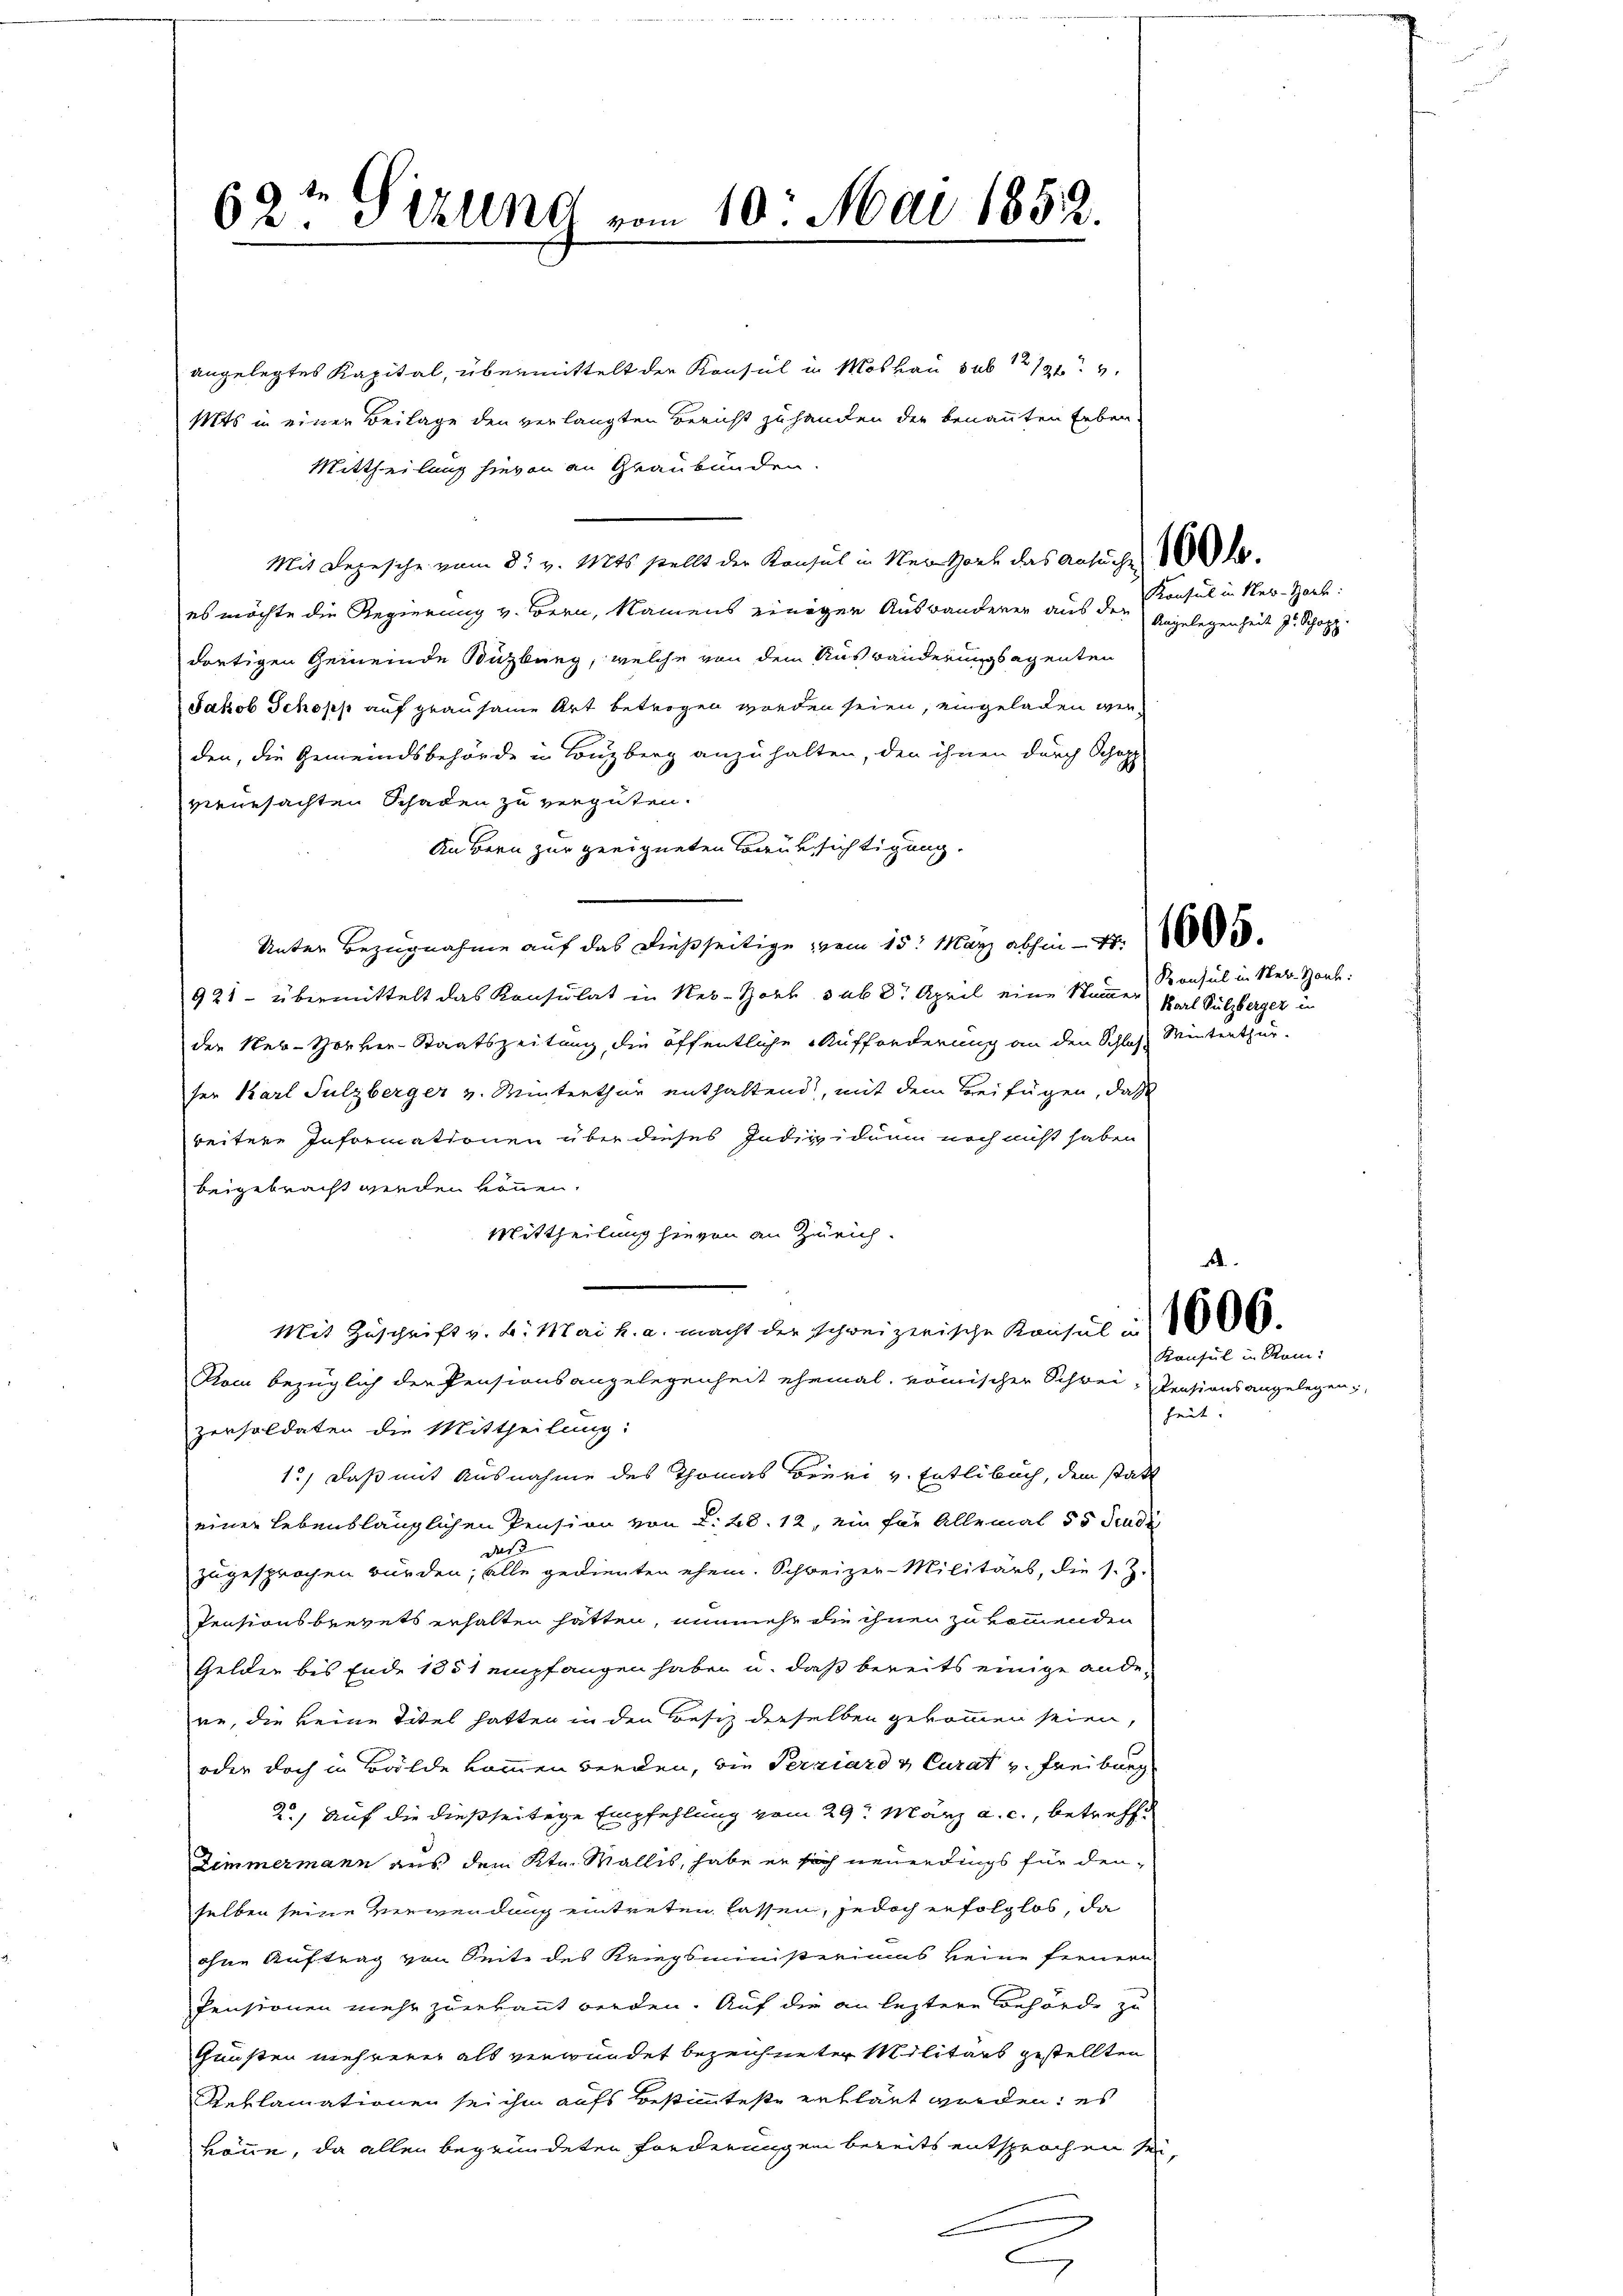
62te Sitzung vom 10. Mai 1852.

angelegtes Kapital, übermittelt der Konsul in Moskau sub 111 4
Mts in einer Beilage den verlangten Bericht zu handen der benannten Erben-
Mittheilung hievon an Graubünden.
Mit Depesche vom 3. v. Mts. stellt der Konsul in Nein Hort das Ansuche de
es möchte die Regierung v. Bern, Namens einiger Auswanderer aus der Angelegenheit z. Schopp
dortigen Gemeinde Süzburg, welche von dem Ausbänderungsagenten
Jakob Schopp auf grausame Art betrogen worden seien, eingeladen werden, die Gemeindsbehörde u Lenzberg anzuhalten, den ihnen durch Schopp
vieursachten Schaden zu vergüten.
Äubern zur geeigneten Brüksichtigung.
Unter Bezugnahme auf das dießseitige vom 15. März abhin - 4. 58.
921 - übermittelt das Konsulat in Ner-Horb sub 8t April eine Nummer Karl Sulzberger un
der Neu-Horher-Staatszeitung, die öffentliche Aufforderung an den Schloß Winterthur-
ser Karl Sulzberger v. Winterthur enthaltend, mit dem Beifügen, daß
reitere Informationen über dieses Individuum noch nicht haben
beigebracht werden können.
Mittheilung hievon an Zürich.
Mit Zuschrift v. B. Mai h. a. macht der schweizerische Konsul in 1868
Kom bezüglich der Pensionsangelegenheit ehemal, römischer Schwei-Pensionsangelegen;
persoldaten die Mittheilung:
12) Daß mit Ausnahme des Thomas Beiri v. Entlebuch, dem statt
einer Lebenslänglichen Pension von d. 28. 12, ein für Allemal 55 Studi
das
zugesprochen würden; alle gedienten ehem. Schweizer-Militärs, die s. Z.
Pensionsbrevets erhalten hatten, nunmehr die ihnen zukommenden
Gelden bis Ende 1851 empfangen haben u. daß bereits einige andene, die keine Titel hatten in den Besiz derselben gekommen seien,
oder doch in Bälde kommen werden, die Perziard & Curat v. Freiburg
2.) Auf die dießseitige Empfehlung vom 29t März a. c., betreffe
Zimmermann aus dem Ktn. Wallis, habe er sich neuerdings für denselben seine Verwendung eintreten lassen, jedoch erfolglos, da
ohne Auftrag von Seite des Kriegsministeriums keine fernern
Pensionen mehr zuerkannt werden. Auf die an leztere Behörde zu
Gunsten mehrerer als verwundet bezeichneter Militärs gestellten
RReklamationen sei ihm aufs Bestimmteste erklärt werden; es
könne, da allen begründeten Forderungen bereits entsprochen sei,
.

C

Konsul in Nek-Hael:

Konsul in Metr. Bank:

Konsul in Rom.
heit.